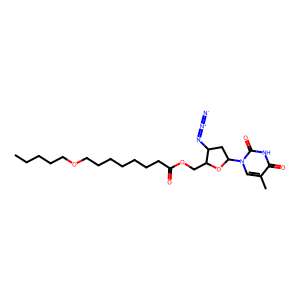
SMILES: CCCCCOCCCCCCCC(=O)OCC1OC(n2cc(C)c(=O)[nH]c2=O)CC1N=[N+]=[N-]
Inhibits HIV replication: Yes